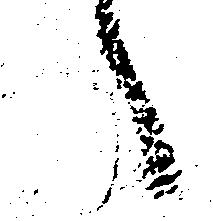
へ